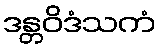
ဒန္တဝိဒံသကံ